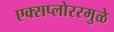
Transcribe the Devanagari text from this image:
एक्सप्लोररमुळे